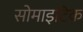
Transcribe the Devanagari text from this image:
सोमाइटिक